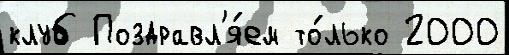
клуб Поздравл'я́ем то́лько 2000